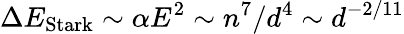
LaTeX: \Delta E_{\mathrm{Stark}}\sim\alpha E^{2}\sim n^{7}/d^{4}\sim d^{-2/11}